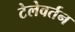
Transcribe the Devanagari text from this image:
टेलेवर्तन